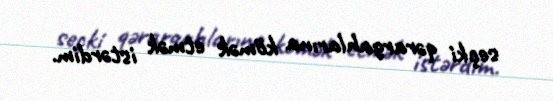
seçki qərargahlarına kömək etmək istərdim.